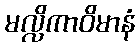
မလ္လိကာဝိမာနံ